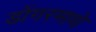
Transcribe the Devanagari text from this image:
डोंगरमाथे